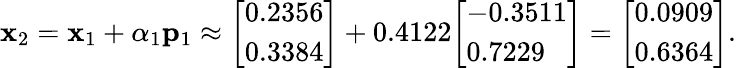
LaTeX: \mathbf{x}_{2}=\mathbf{x}_{1}+\alpha_{1}\mathbf{p}_{1}\approx{\left[\begin{array}{l}{0.2356}\\ {0.3384}\end{array}\right]}+0.4122{\left[\begin{array}{l}{-0.3511}\\ {0.7229}\end{array}\right]}={\left[\begin{array}{l}{0.0909}\\ {0.6364}\end{array}\right]}.